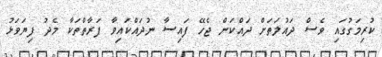
ކުރިމަގުގައި ވެސް ދައުލަތަށް ދައްކަން ޖެހޭ ފައިސާ ނުދައްކައިވާ ފަރާތްތަކާ މެދު ފިޔަވަޅު